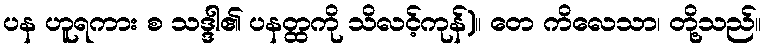
ပန ဟူရကား စ သဒ္ဒါ၏ ပနတ္ထကို သိလင့်ကုန်)။ တေ ကိလေသာ၊ တို့သည်။